Civil Veterinary Department Bengal reports 1933-51 - 1933-1951
Year: 1933
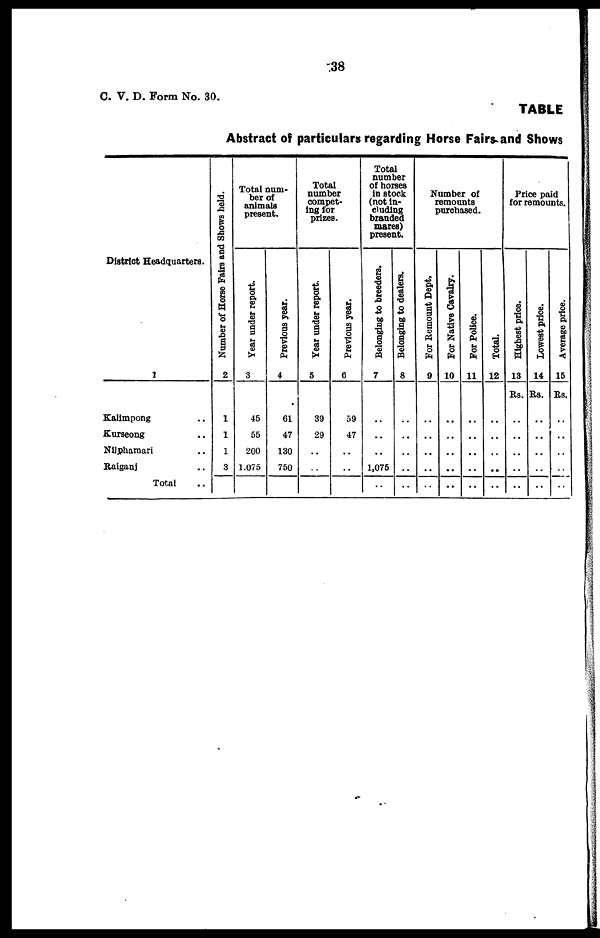
38
C. V. D. Form No. 30.
TABLE
Abstract of particulars regarding Horse Fairs and Shows
District Headquarters.
1
Kalimpong ..
Kurseong ..
Nilphamari ..
Raiganj ..
Total ..
Number of Horse Fairs and Shows held.
2
1
1
1
3
Total num-
ber of
animals
present.
Year under report.
3
45
55
200
1,075
Previous year.
4
61
47
130
750
Total
number
compet-
ing for
prizes.
Year under report.
5
39
29
..
..
Previous year.
6
59
47
..
..
Total
number
of horses
in stock
(not in-
cluding
branded
mares)
present.
Belonging to breeders.
7
..
..
..
1,075
..
Belonging to dealers.
8
..
..
..
..
..
Number of
remounts
purchased.
For Remount Dept.
9
..
..
..
..
..
For Native Cavalry.
10
..
..
..
..
..
For Police.
11
..
..
..
..
..
Total.
12
..
..
..
..
..
Price paid
for remounts.
Highest price.
13
Rs.
..
..
..
..
..
Lowest price.
14
Rs.
..
..
..
..
..
Average price.
15
Rs.
..
..
..
..
..